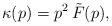
LaTeX: \begin{align*}\kappa(p) = p^2\, \tilde{F}(p),\end{align*}